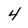
Character: 4